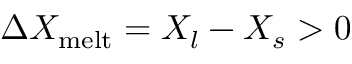
\Delta X _ { \mathrm { m e l t } } = X _ { l } - X _ { s } > 0